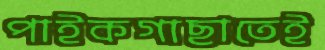
পাইকগাছাতেই